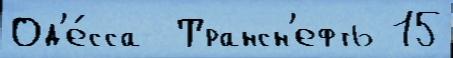
Од'е́сса  Трансн'ефть 15